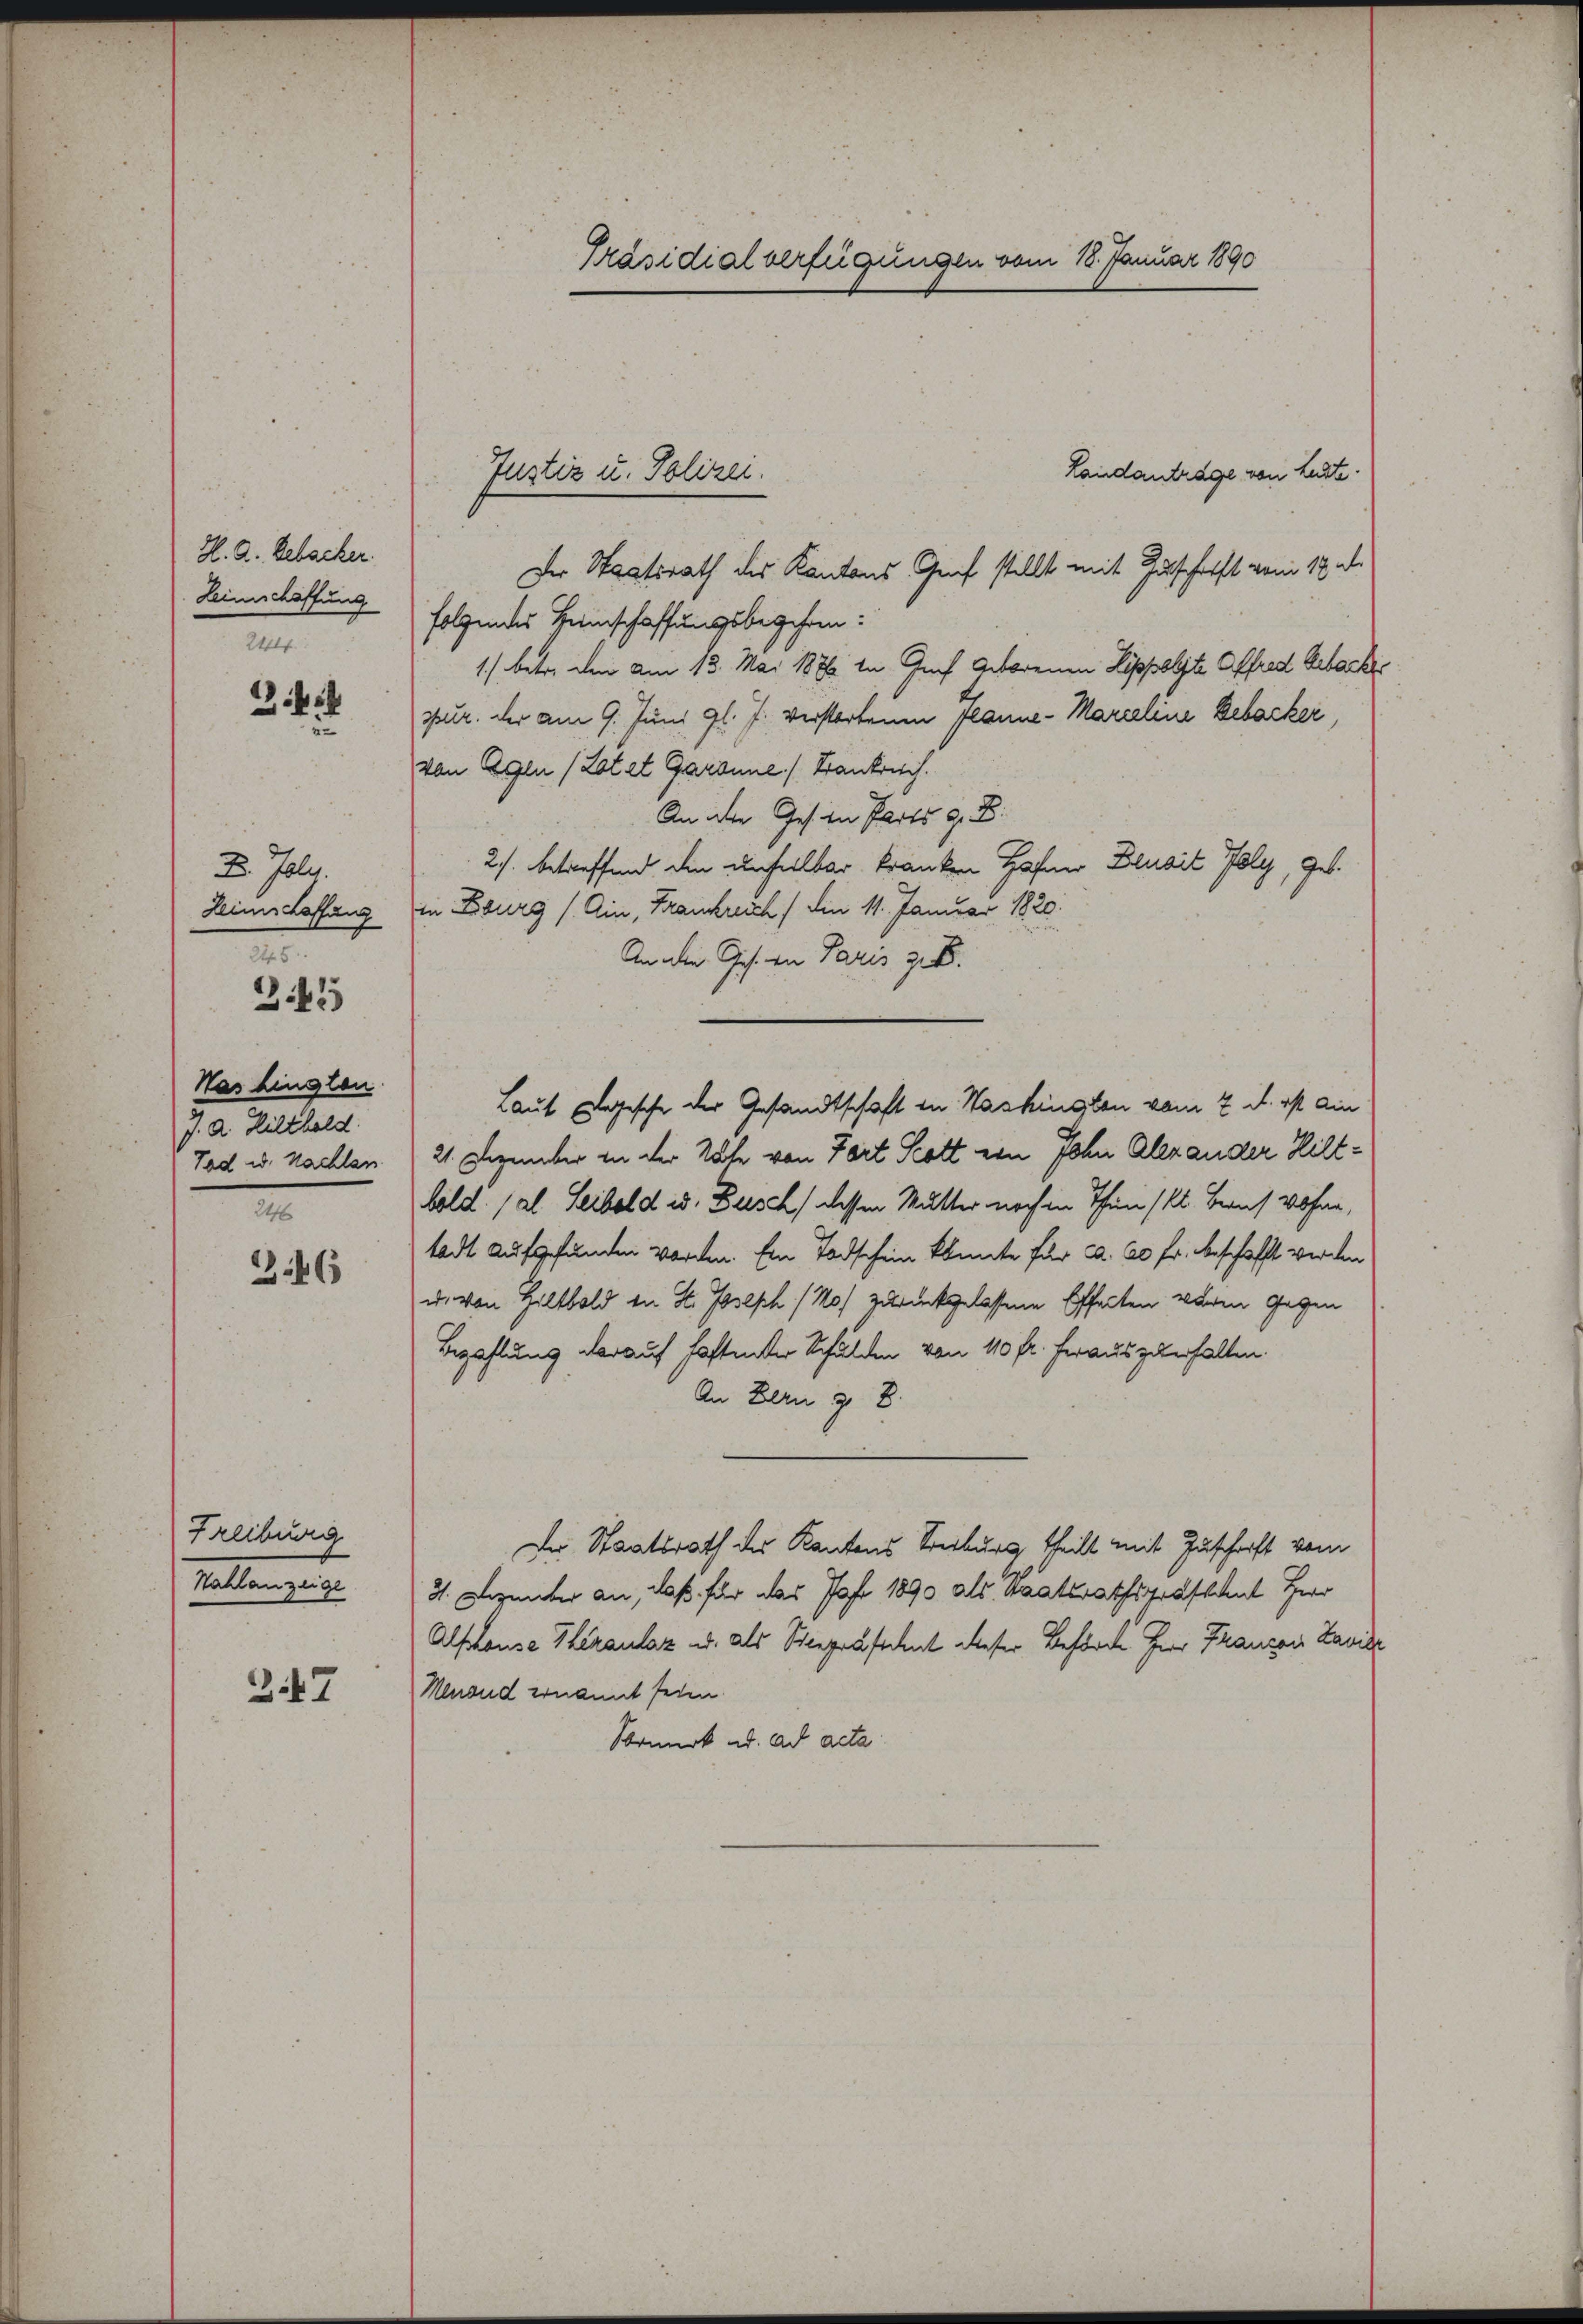
H. A. Bebacker.
Leimschaffung
24.

344
.

2. Juli.
Nas hingten
J. A. Hilthold.
e

245
341

346

Freiburg
Hahlanzeige

347

Präsidialverfügungen vom 18. Januar 1890

Landantrage von Leute.
Der Staatsrath des Kantons Graf stellt mit Zuschrift vom 18. d.
folgendes Heimschaffungsbegehren:
1.) betr. den am 13. Mai 1876 in Graf Geborenen Lippolste Affred Gebackespur. der am 9. Juni gl. J. verstorbenen Planne - Marieline Bebacker,
von Egen (Lotet Garanne (Stankreich.
An der Gesten Parts z. B.
2./. betreffend die unfelbar kranken Hafner Blusit Poly, geb.
Hinschaffung in Ziburg (Ain, Frankreich / die 11. Januar 1820.
An die Ges. in Paris z. B.
Tod u. Nachten 21. Dezember in der Tote von Fort Scott ein John Alexander Hiltbold. (al Leibold u. Busch) dessen Mutter noch in Thun (Kl. Beruf Wohne,
tadt aufgefunden worden. Ein Todschein konnte für ca. 20 Fr. beschafft werden
u. von Hiltbold in St. Joseph (No) zurückgelassene Effecten waren gegen
Bezahlung darauf haftenter Schulden von 10 fr. heraus zuerhalten.
An Bern z. B.
Der Staatsrath der Kantons Sterburg, theilt mit Zuschrift vom
31. Dezember an, daß für das Post 1890 als Staatsrathspräfshut Herr
Alschause Theranlaz u. als Seegrästchent deser Beförde Herr Franzen Lander
Menoud ernannt seien.
Vormerk ad. ad acta

Justiz u. Polizei.

Laut Logische der Gesandtschaft in Washingten vom 2. d. ist ain